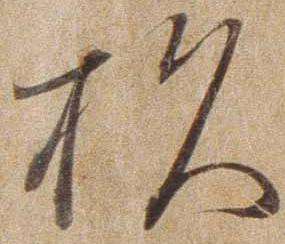
杉